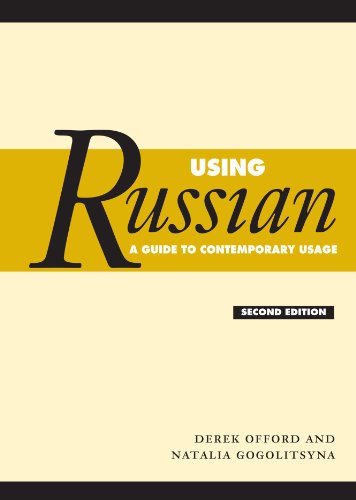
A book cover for Using Russian: A Guide to Contemporary Usage; Derek Offord; Reference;